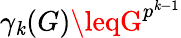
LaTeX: \gamma_{\mathit{k}}(G)\leqG^{p^{\mathit{k}-1}}